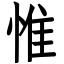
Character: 惟